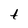
Character: t